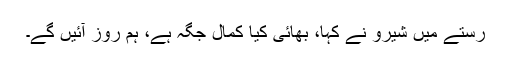
رستے میں شیرو نے کہا، بھائی کیا کمال جگہ ہے، ہم روز آئیں گے۔